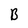
Character: B